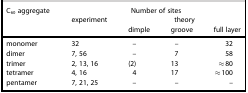
<table><thead><tr><td><b>C<sub>60</sub> aggregate</b></td><td></td><td colspan="3"><b>Number of sites</b></td></tr><tr><td></td><td><b>experiment</b></td><td></td><td><b>theory</b></td><td></td></tr><tr><td></td><td></td><td><b>dimple</b></td><td><b>groove</b></td><td><b>full layer</b></td></tr></thead><tbody><tr><td>monomer</td><td>32</td><td>–</td><td>–</td><td>32</td></tr><tr><td>dimer</td><td>7, 56</td><td>–</td><td>7</td><td>58</td></tr><tr><td>trimer</td><td>2, 13, 16</td><td>(2)</td><td>13</td><td>≈80</td></tr><tr><td>tetramer</td><td>4, 16</td><td>4</td><td>17</td><td>≈100</td></tr><tr><td>pentamer</td><td>7, 21, 25</td><td>–</td><td>–</td><td>–</td></tr></tbody></table>